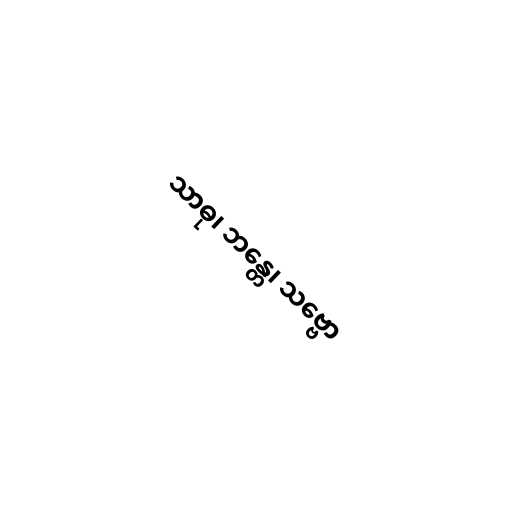
သာဓု၊ ဘန္တေ၊ သဗ္ဗော